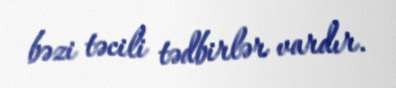
bəzi təcili tədbirlər vardır.